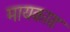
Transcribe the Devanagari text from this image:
मायकाड